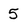
Character: 5